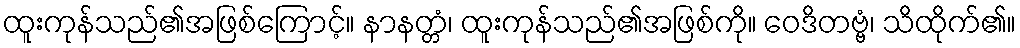
ထူးကုန်သည်၏အဖြစ်ကြောင့်။ နာနတ္တံ၊ ထူးကုန်သည်၏အဖြစ်ကို။ ဝေဒိတဗ္ဗံ၊ သိထိုက်၏။